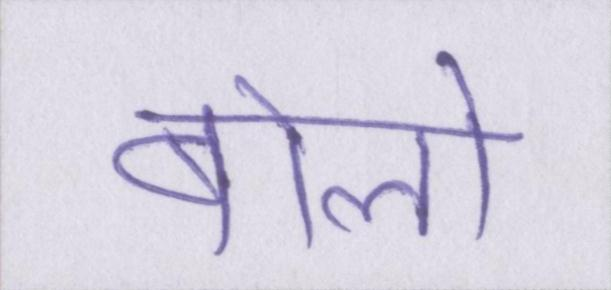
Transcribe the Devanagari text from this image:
बोलो